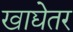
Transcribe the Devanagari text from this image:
खाद्येतर